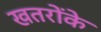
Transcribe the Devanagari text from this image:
खतरोंके